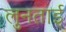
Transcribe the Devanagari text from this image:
लुनताई